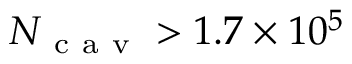
N _ { \mathrm { ~ c ~ a ~ v ~ } } > 1 . 7 \times 1 0 ^ { 5 }